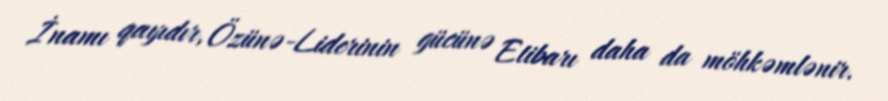
İnamı qayıdır, Özünə-Liderinin gücünə Etibarı daha da möhkəmlənir.